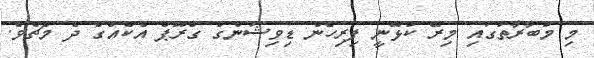
މި މުބާރާތުގައި މިރޭ ކުޅޭނީ ފިރިހެން ޑިވިޝަންގެ ގްރޫޕް އެކެއްގެ ދެ މެޗެވެ.